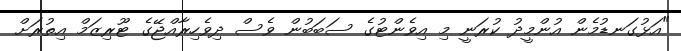
"އަޅުގަނޑުމެން އުންމީދު ކުރަނީ މި އިވެންޓުގެ ސަބަބުން ވެސް ދިވެހިރާއްޖޭގެ ޓޫރިޒަމް އިތުރަށް